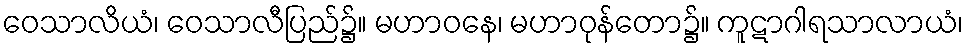
ဝေသာလိယံ၊ ဝေသာလီပြည်၌။ မဟာဝနေ၊ မဟာဝုန်တော၌။ ကူဋာဂါရသာလာယံ၊